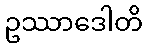
ဥဿာဒေါတိ